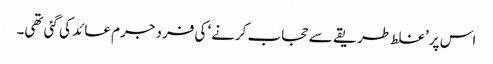
اس پر ’غلط طریقے سے حجاب کرنے‘ کی فرد جرم عائد کی گئی تھی۔